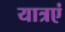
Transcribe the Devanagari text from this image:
यात्रएं